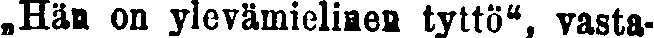
,,Hän on ylevämielinen tyttö'', vasta-